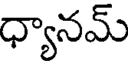
ధ్యానమ్